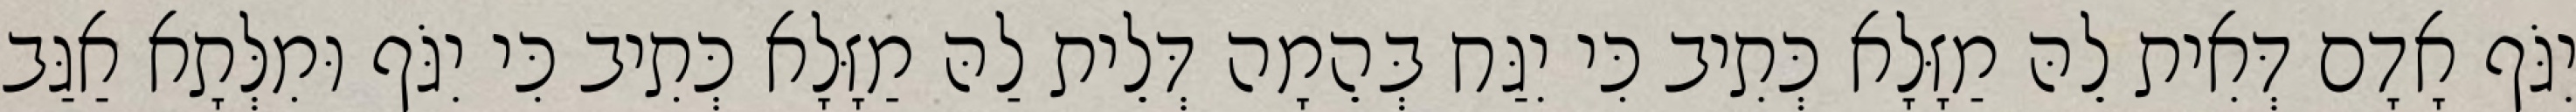
יִגֹּף אָדָם דְּאִית לֵהּ מַזָּלָא כְּתִיב כִּי יִגַּח בְּהֵמָה דְּלֵית לַהּ מַזָּלָא כְּתִיב כִּי יִגֹּף וּמִלְּתָא אַגַּב